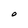
Character: O